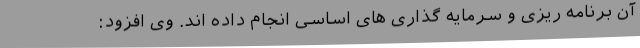
آن برنامه ریزی و سرمایه گذاری های اساسی انجام داده اند. وی افزود: